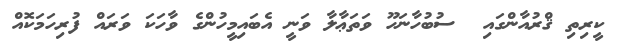
ކީރިތި ޤްރުއާންގައި  ސުބުހާނަހޫ ވަތަޢާލާ ވަނީ އެބައިމީހުންގެ ވާހަކަ ވަރައް ފުރިހަމަކޮއް